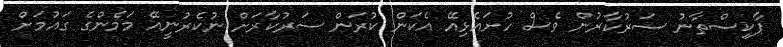
ޕާކިސްތާނު ސަރުކާރުން ވެސް ހުށައެޅިއޭ އެކަން ކުރަން ސަރުކާރަށް ނުކެެރުނީއޭ މަމެންގެ ގައުމަށް